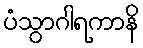
ပံသွာဂါရကာနိ